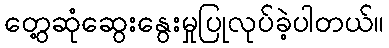
တွေ့ဆုံဆွေးနွေးမှုပြုလုပ်ခဲ့ပါတယ်။